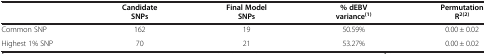
<table><thead><tr><td><b> </b></td><td><b>Candidate SNPs</b></td><td><b>Final Model SNPs</b></td><td><b>% dEBV variance<sup>(1)</sup></b></td><td><b>Permutation R<sup>2(2)</sup></b></td></tr></thead><tbody><tr><td>Common SNP</td><td>162</td><td>19</td><td>50.59%</td><td>0.00 ± 0.02</td></tr><tr><td>Highest 1% SNP</td><td>70</td><td>21</td><td>53.27%</td><td>0.00 ± 0.02</td></tr></tbody></table>